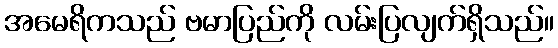
အမေရိကသည် ဗမာပြည်ကို လမ်းပြလျက်ရှိသည်။